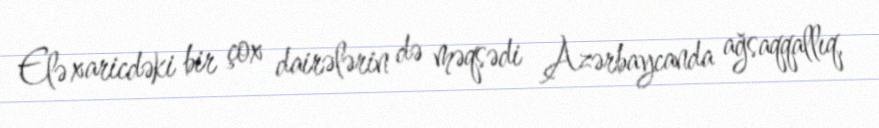
Elə xaricdəki bir çox dairələrin də məqsədi Azərbaycanda ağsaqqallıq,